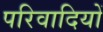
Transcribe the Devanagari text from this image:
परिवादियों